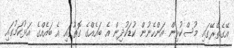
އޭގެތެރޭގައި މުސްކުޅިން އަންހެނުން ކުޑަކުދިން އެ ބައެއްގެ ގޮތުގައި އެ ބައެއްގެ އަޅުކަމުގައި